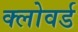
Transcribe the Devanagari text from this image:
क्लोवर्ड